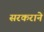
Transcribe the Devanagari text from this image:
सरकराने